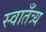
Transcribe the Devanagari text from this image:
स्वातँत्र्य